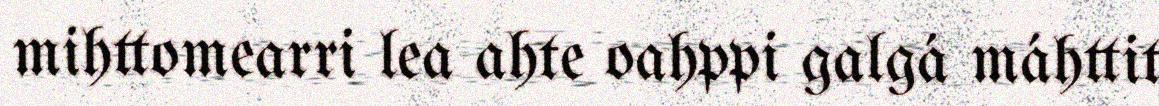
mihttomearri lea ahte oahppi galgá máhttit